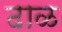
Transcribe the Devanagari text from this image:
ढाळ